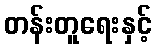
တန်းတူရေးနှင့်